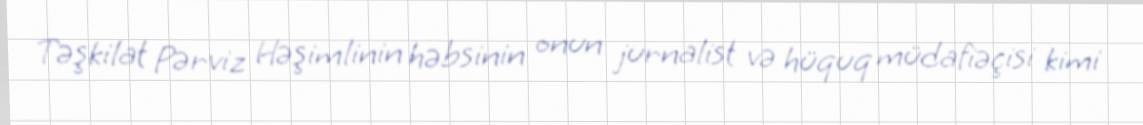
Təşkilat Pərviz Həşimlinin həbsinin onun jurnalist və hüquq müdafiəçisi kimi